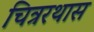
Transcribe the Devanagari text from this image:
चित्ररथास